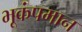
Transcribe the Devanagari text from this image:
भूकंपमान